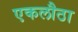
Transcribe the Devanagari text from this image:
एकलौठा